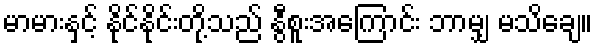
မာမားနှင့် နိုင်နိုင်းတို့သည် နွီစူးအကြောင်း ဘာမျှ မသိချေ။